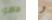
هاهو و